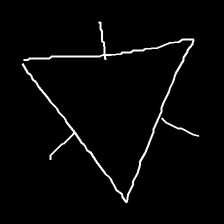
Glyph: fire